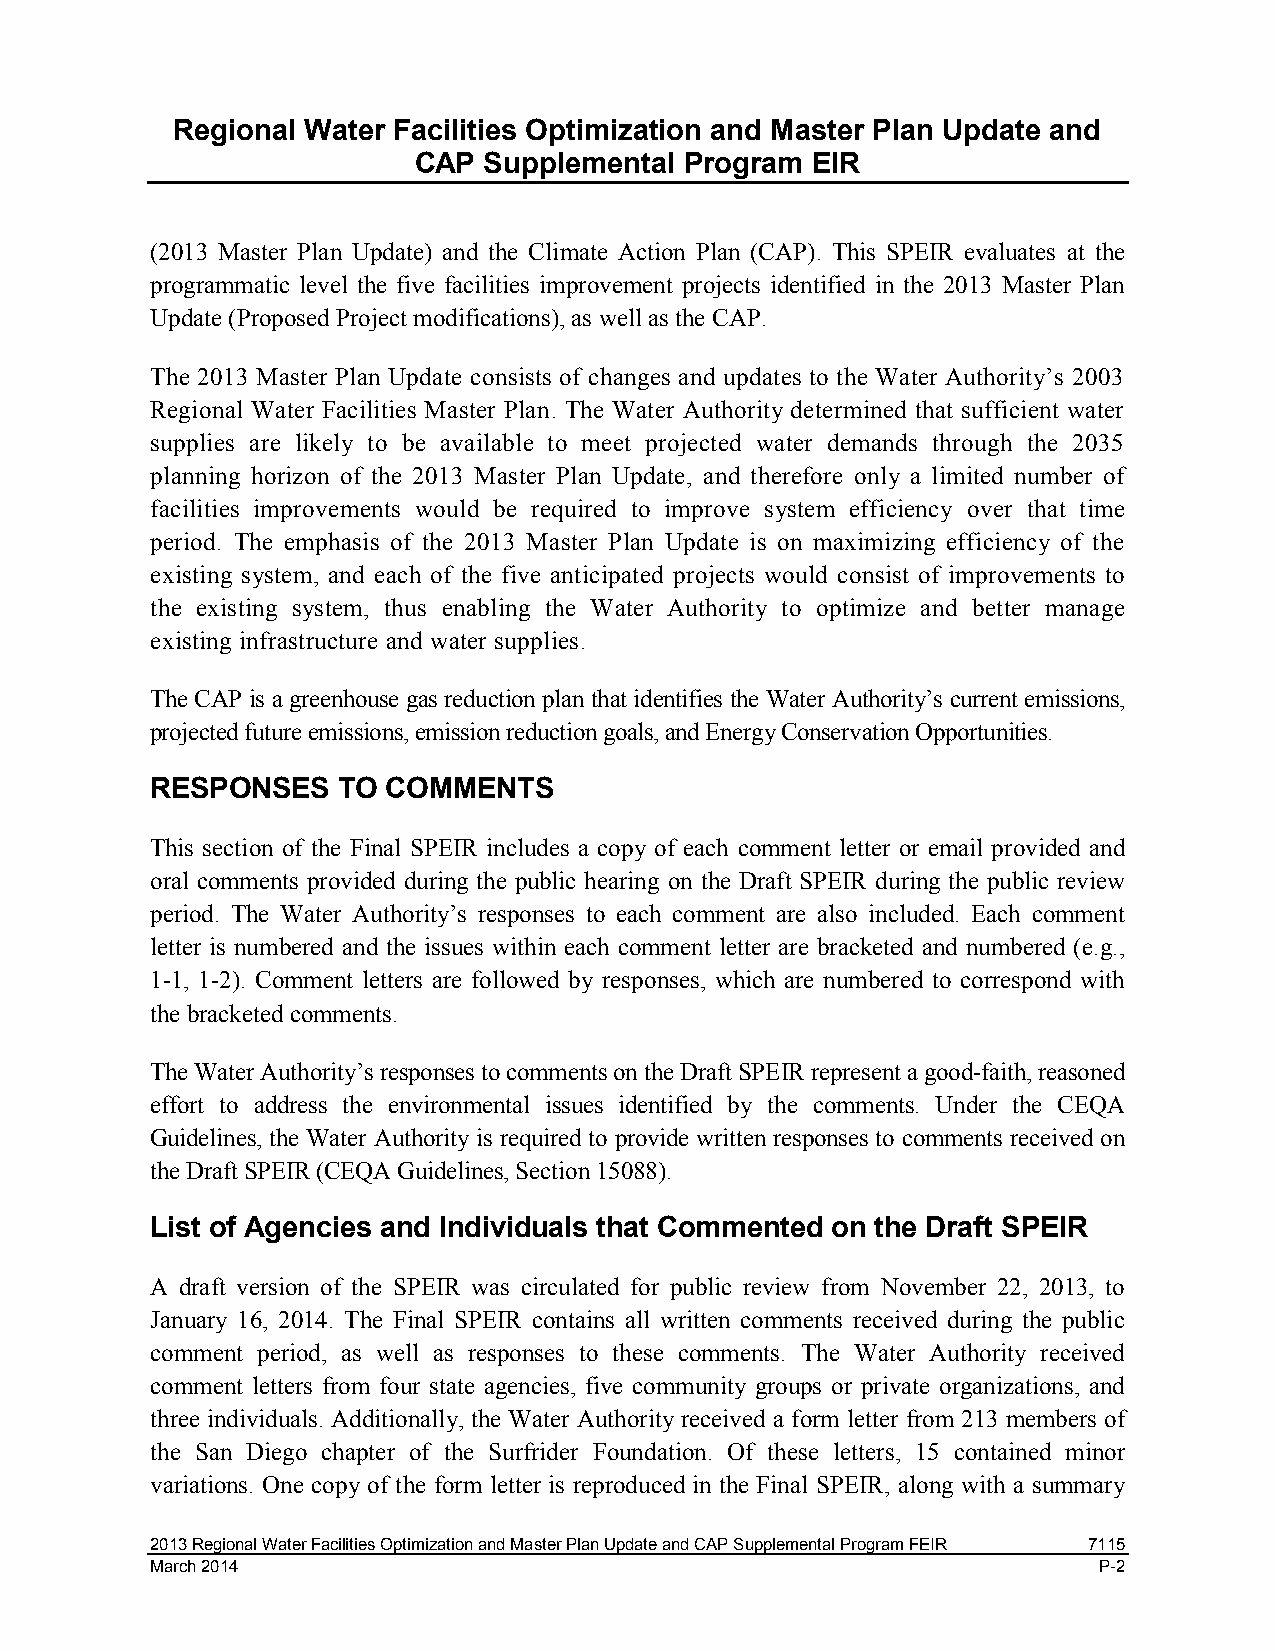
Regional Water Facilities Optimization and Master Plan Update and
 CAP  Supplemental Program  EIR
 (2013 Master Plan Update) and the Climate Action Plan (CAP). This SPEIR evaluates at the
 programmatic level the five facilities improvement projects identified in the 2013 Master Plan
 Update (Proposed Project modifications), as well as the CAP.
 The 2013 Master Plan Update consists of changes and updates to the Water Authority’s 2003
 Regional Water Facilities Master Plan. The Water Authority determined that sufficient water
 supplies are likely to be available to meet projected water demands through the 2035
 planning horizon of the 2013 Master Plan Update, and therefore only a limited number of
 facilities improvements would be required to improve system efficiency over that time
 period. The emphasis of the 2013 Master Plan Update is on maximizing efficiency of the
 existing system, and each of the five anticipated projects would consist of improvements to
 the existing system, thus enabling the Water Authority to optimize and better manage
 existing infrastructure and water supplies.
 The CAP is a greenhouse gas reduction plan that identifies the Water Authority’s current emissions,
 projected future emissions, emission reduction goals, and Energy Conservation Opportunities.
 RESPONSES   TO  COMMENTS
 This section of the Final SPEIR includes a copy of each comment letter or email provided and
 oral comments provided during the public hearing on the Draft SPEIR during the public review
 period. The Water Authority’s responses to each comment are also included. Each comment
 letter is numbered and the issues within each comment letter are bracketed and numbered (e.g.,
 1-1, 1-2). Comment letters are followed by responses, which are numbered to correspond with
 the bracketed comments.
 The Water Authority’s responses to comments on the Draft SPEIR represent a good-faith, reasoned
 effort to address the environmental issues identified by the comments. Under the CEQA
 Guidelines, the Water Authority is required to provide written responses to comments received on
 the Draft SPEIR (CEQA Guidelines, Section 15088).
 List of Agencies and Individuals that Commented on the Draft SPEIR
 A draft version of the SPEIR was circulated for public review from November 22, 2013, to
 January 16, 2014. The Final SPEIR contains all written comments received during the public
 comment period, as well as responses to these comments. The Water Authority received
 comment letters from four state agencies, five community groups or private organizations, and
 three individuals. Additionally, the Water Authority received a form letter from 213 members of
 the San Diego chapter of the Surfrider Foundation. Of these letters, 15 contained minor
 variations. One copy of the form letter is reproduced in the Final SPEIR, along with a summary
 2013 Regional Water Facilities Optimization and Master Plan Update and CAP Supplemental Program FEIR 7115
 March 2014                                                     P-2